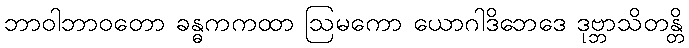
ဘာဝါဘာဝတော ခန္ဓကကထာ ဩမကော ယောဂါဒိဘေဒေ ဒုဗ္ဘာသိတန္တိ